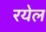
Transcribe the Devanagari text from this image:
रयेल